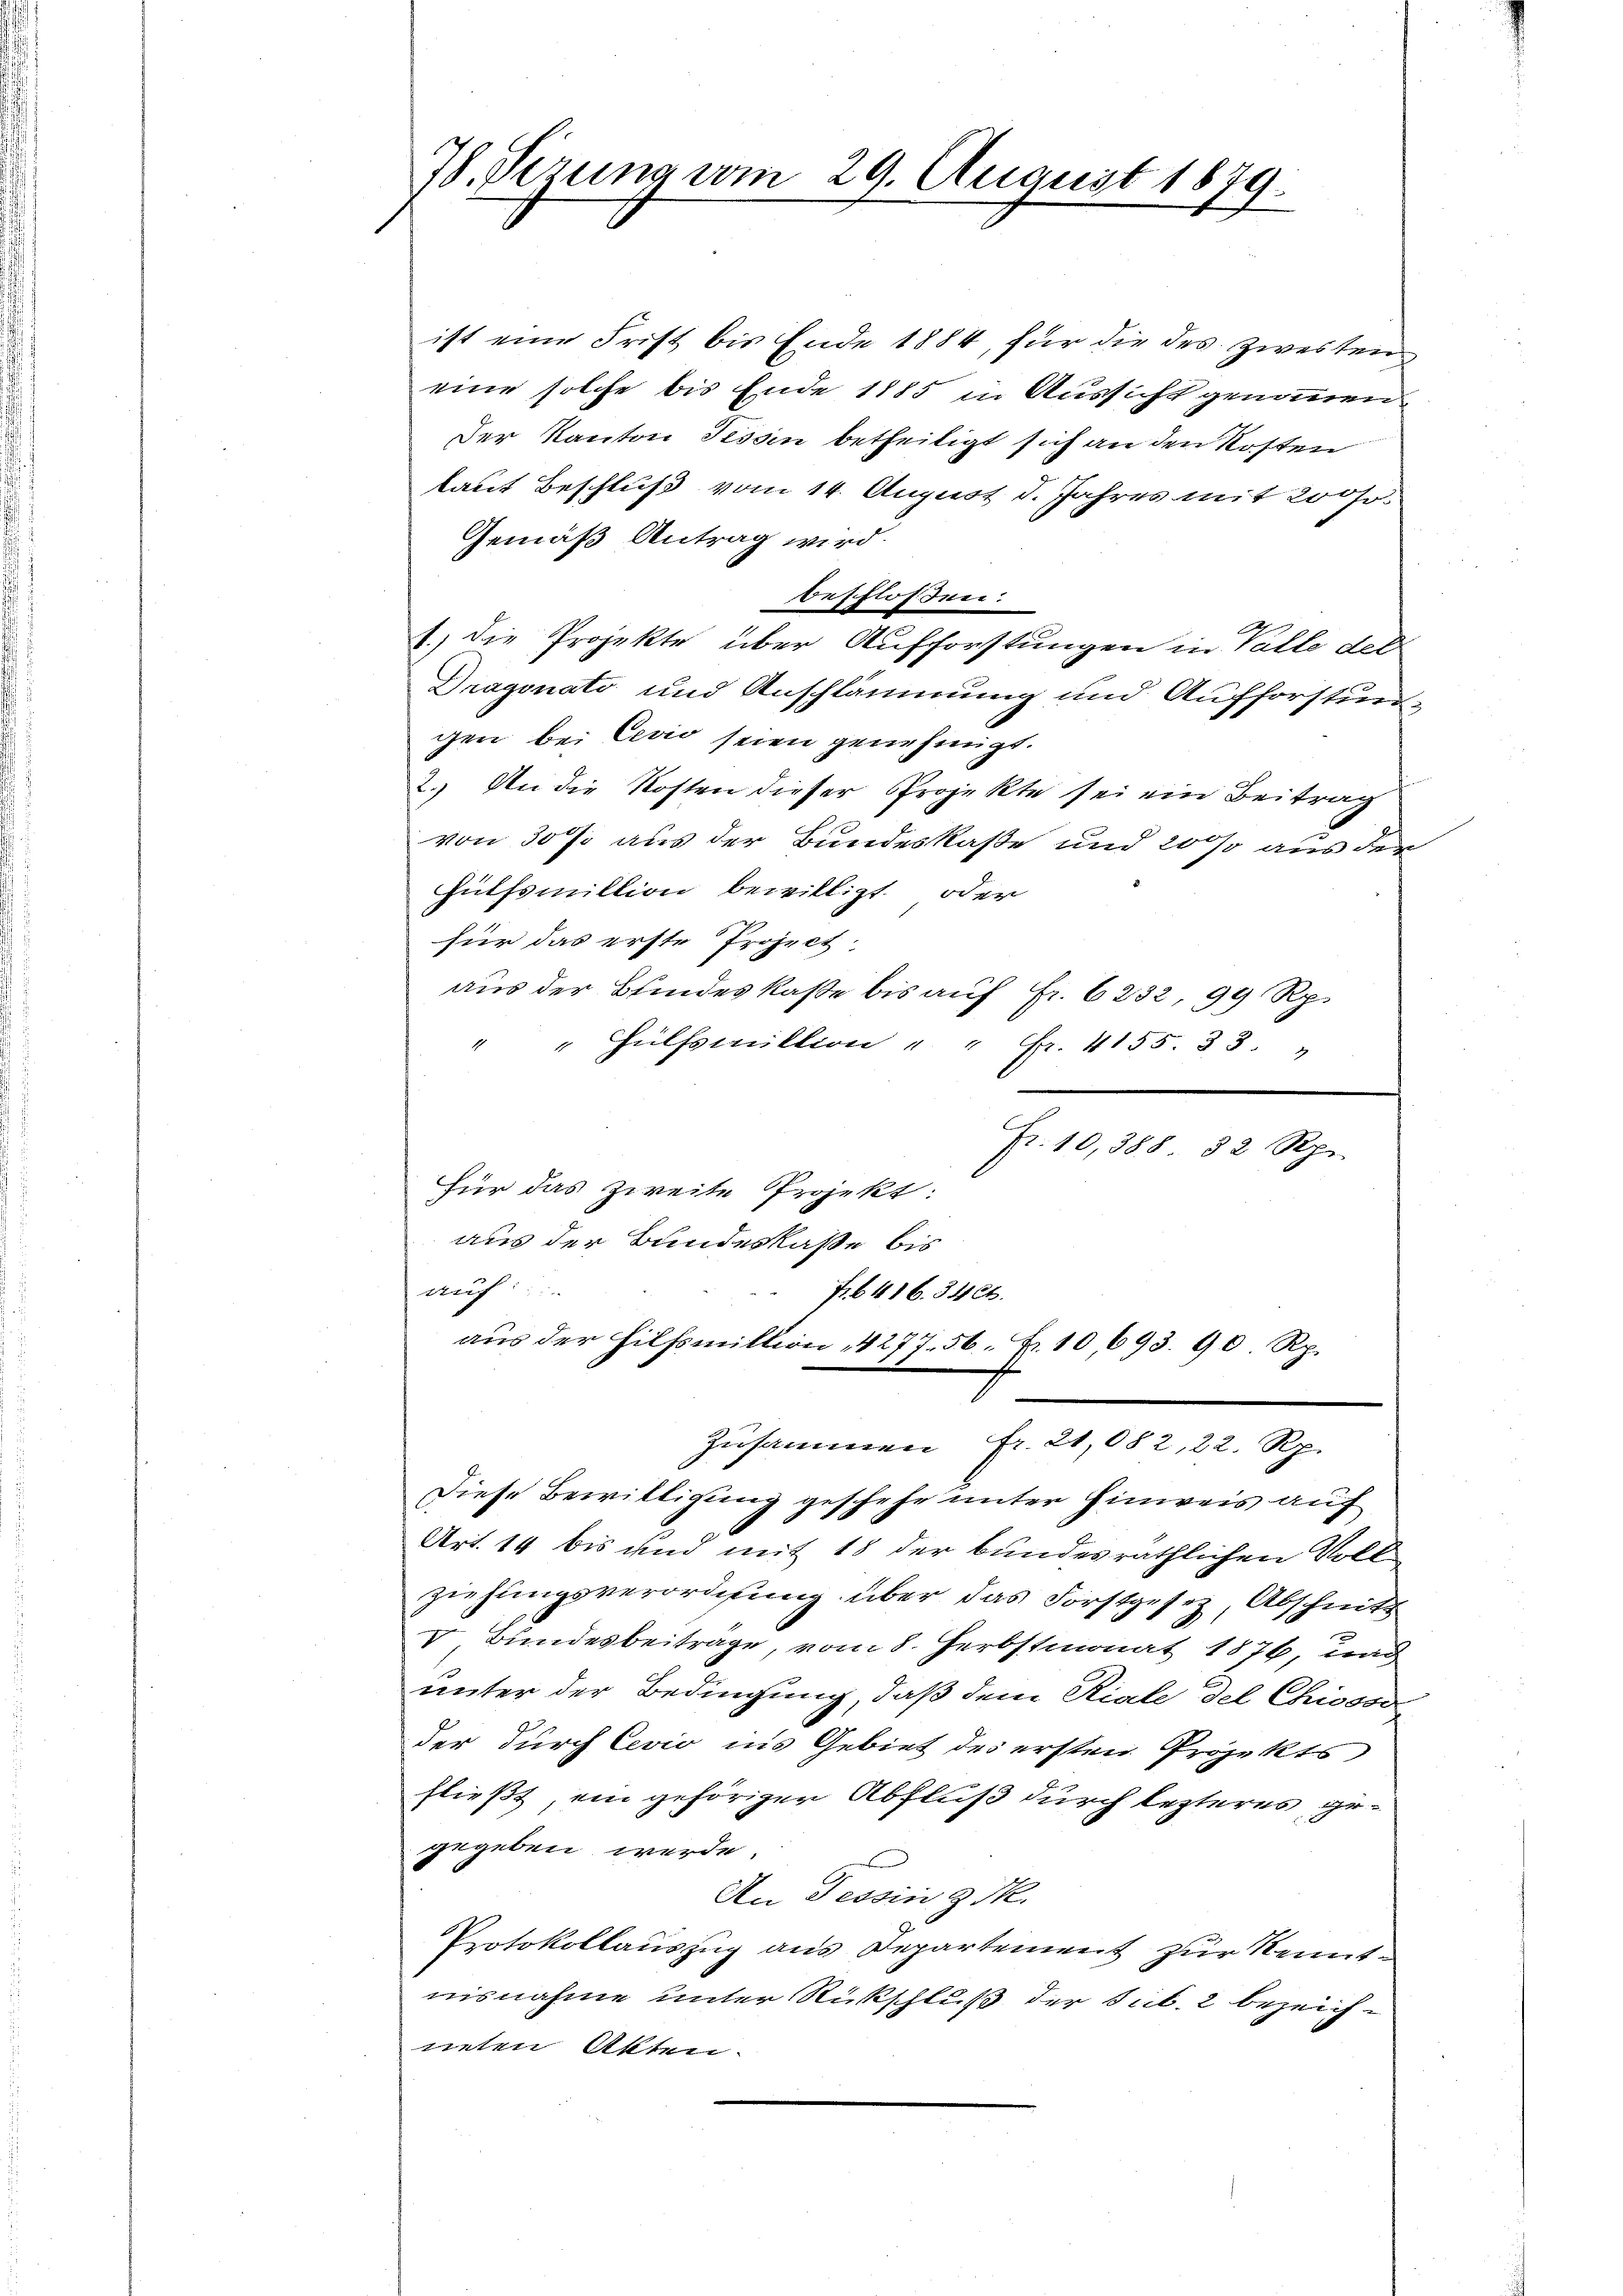
78. Serung vom 29. August 1879.

ist eine Frist bis Ende 1884, für die des zweiten
eine solche bis Ende 1885 in Aussicht genommen
Der Kanton Tessin betheiligt sich an den Kosten
laut Beschluß vom 14. August d. Jahres mit 200 fr.
Gemäß Antrag wird.
beschlossen:
1.) Die Projekte über Aufforstungen in Valle der
Dragonato und Anschlämmung und Aufforstungen bei Cević seien genehmigt.
2. An die Kosten dieser Projekte sei ein Beitrag
von 30 J. aus der Bundeskaße und 200 aus der
Hülfsmillion bewilligt oder
für das erste Project
aus der Bundeskaße bis auf Fr. 6232, 99 Rp.
e
" " Hülfsmillion " " Fr. 4155. 33. "
Fr. 10,388 82 Rp.
Für das zweite Projekt:
aus der Bundeskaße bis
auf
7. 6416. 34 Ct.
aus der Hilfsmittion, 4277. 56. Fr. 10693. 90 Rp.
Zusammen fr. 21,082, 22. Rp.
Diese Bewittigung geschehe unter Hinweis auf
Art. 14 bis und mit 18 der bundesräthlichen Voll
ziehungsverordnung über das Forstgesetz, Abschnitt
v Bundesbeitrage, vom 8. Herbstmonat 1876, und
unter der Bedingung, daß dem Riale del Chiosso
der durch Cevio ins Gebiet des ersten Projekts
fließt, ein gehöriger Abfluß durch lezteres gegegeben werde.
An Tessin d. M.
Protokollauszug aus Departement zur Kenntnisnahme unter Rückschluß der sub. 2 bezeichneten Akten.